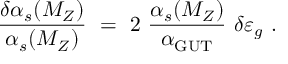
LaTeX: { \frac { \delta \alpha _ { s } ( M _ { Z } ) } { \alpha _ { s } ( M _ { Z } ) } } \ = \ 2 \ { \frac { \alpha _ { s } ( M _ { Z } ) } { \alpha _ { \mathrm { G U T } } } } \ \delta \varepsilon _ { g } \ .